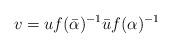
LaTeX: \begin{align*} v = u f(\bar{\alpha})^{-1} \bar{u} f(\alpha)^{-1}\end{align*}